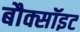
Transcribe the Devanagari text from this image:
बौक्सॉइट